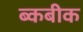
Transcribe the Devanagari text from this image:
ब्कबीक